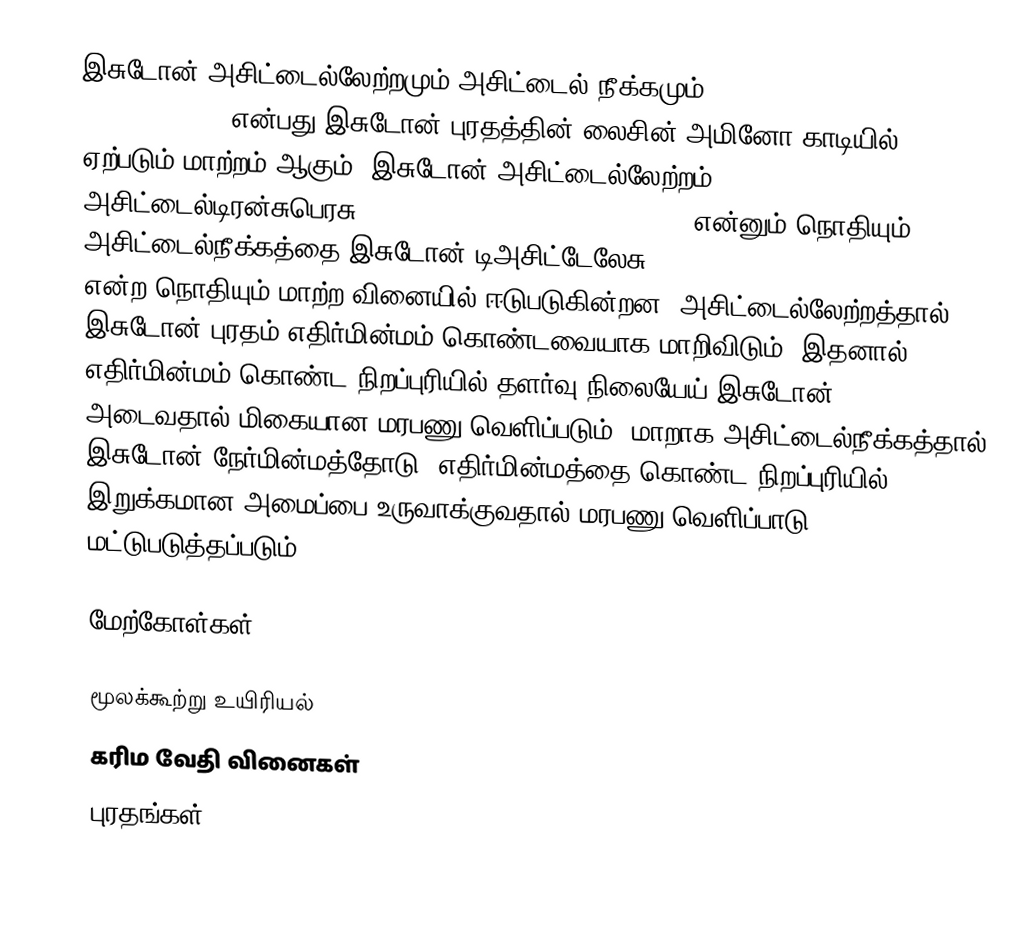
இசுடோன் அசிட்டைல்லேற்றமும் அசிட்டைல் நீக்கமும் (Histone acetylation and deacetylation) என்பது இசுடோன் புரதத்தின் லைசின் அமினோ காடியில் ஏற்படும் மாற்றம் ஆகும். இசுடோன் அசிட்டைல்லேற்றம் அசிட்டைல்டிரன்சுபெரசு (HAC, Histone acetyltransferase) என்னும் நொதியும் அசிட்டைல்நீக்கத்தை இசுடோன் டிஅசிட்டேலேசு (HDAC, Histone deacetylase) என்ற நொதியும்  மாற்ற வினையில் ஈடுபடுகின்றன. அசிட்டைல்லேற்றத்தால் இசுடோன் புரதம் எதிர்மின்மம் கொண்டவையாக மாறிவிடும். இதனால் எதிர்மின்மம் கொண்ட நிறப்புரியில் தளர்வு நிலையேய் இசுடோன் அடைவதால் மிகையான மரபணு வெளிப்படும். மாறாக அசிட்டைல்நீக்கத்தால் இசுடோன் நேர்மின்மத்தோடு,  எதிர்மின்மத்தை கொண்ட நிறப்புரியில் இறுக்கமான அமைப்பை உருவாக்குவதால் மரபணு வெளிப்பாடு மட்டுபடுத்தப்படும்.

மேற்கோள்கள்

மூலக்கூற்று உயிரியல்
கரிம வேதி வினைகள்
புரதங்கள்